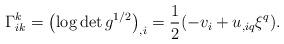
LaTeX: \begin{align*}\Gamma_{ik}^k=\left(\log \det g^{1/2}\right)_{,i}=\frac{1}{2}(-v_i+u_{,iq}\xi^q).\end{align*}